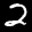
Label: 2